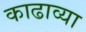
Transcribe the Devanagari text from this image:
काढाव्या